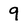
Character: 9